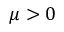
\mu > 0